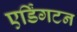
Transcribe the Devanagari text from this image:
एर्डिंगटन